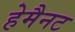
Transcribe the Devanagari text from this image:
हेमैनट